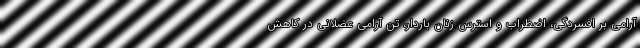
آرامي بر افسردگي، اضطراب و استرس زنان باردار، تن آرامی عضلانی در کاهش